Report on vaccination in Madras 1895-1903 - 1895-1903
Year: 1895
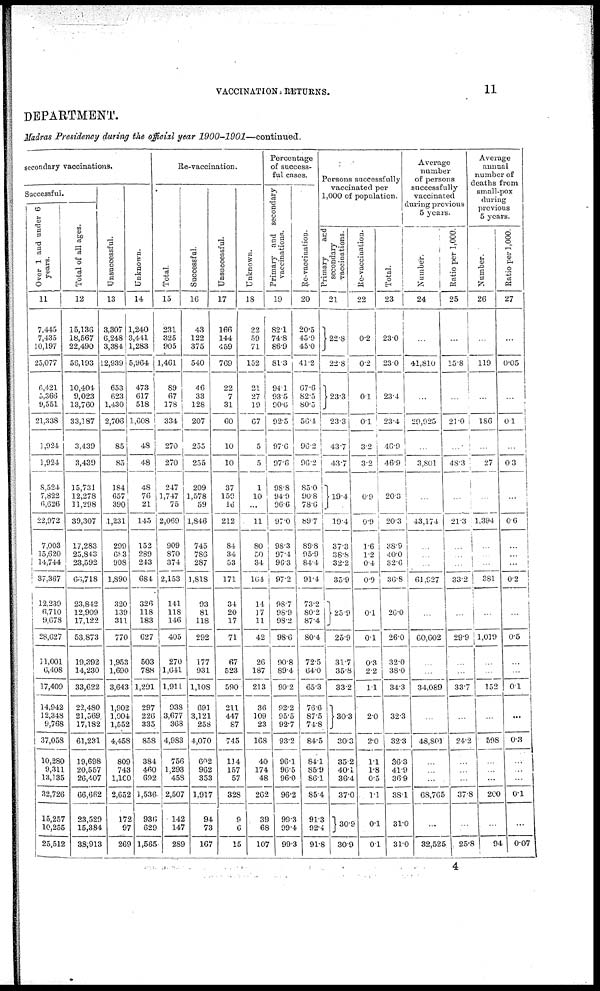
VACCINATION RETURNS.
11
DEPARTMENT.
Madras Presidency during the official year
1900-1901—continued.
secondary vaccinations.
Successful.
Over 1 and under 6
years.
11
7,445
7,435
10,197
25,077
6,421
5,366
9,551
21,338
1,924
1,924
8,524
7,822
6,626
22,972
7,003
15,620
14,744
37,367
12,239
6,710
9,678
28,627
11,001
6,408
17,409
14,942
12,348
9,768
37,058
10,280
9,311
13,135
32,726
15,257
10,255
25,512
Total of all ages.
12
15,136
18,567
22,490
56,193
10,404
9,023
13,760
33,187
3,439
3,439
15,731
12,278
11,298
39,307
17,283
25,843
23,592
66,718
23,842
12,909
17,122
53,873
19,392
14,230
33,622
22,480
21,569
17,182
61,231
19,698
20,557
26,407
66,662
23,529
15,384
38,913
Unsuccessful.
13
3,307
6,248
3,384
12,939
653
623
1,430
2,706
85
85
184
657
390
1,231
299
603
908
1,890
320
139
311
770
1,953
1,690
3,643
1,902
1,004
1,552
4,458
809
743
1,100
2,652
172
97
269
Unknown.
14
1,240
3,441
1,283
5,964
473
617
518
1,608
48
48
48
76
21
145
152
289
243
684
326
118
183
627
503
788
1,291
297
226
335
858
384
460
692
1,536
936
629
1,565
Re-vaccination.
Total.
15
231
325
905
1,461
89
67
178
334
270
270
247
1,747
75
2,069
909
870
374
2,153
141
118
146
405
270
1,641
1,911
938
3,677
368
4,983
756
1,293
458
2,507
142
147
289
Successful.
16
43
122
375
540
46
33
128
207
255
255
209
1,578
59
1,846
745
786
287
1,818
93
81
118
292
177
931
1,108
691
3,121
258
4,070
602
962
353
1,917
94
73
167
Unsuccessful.
17
166
144
459
769
22
7
31
60
10
10
37
159
16
212
84
34
53
171
34
20
17
71
67
523
590
211
447
87
745
114
157
57
328
9
6
15
Unknown.
18
22
59
71
152
21
27
19
67
5
5
1
10
...
11
80
50
34
164
14
17
11
42
26
187
213
36
109
23
168
40
174
48
262
39
68
107
Percentage
of success-
ful cases.
Primary and secondary
vaccinations.
19
82.1
74.8
86.9
81.3
94.1
93.5
90.6
92.5
97.6
97.6
98.8
94.9
96.6
97.0
98.3
97.4
96.3
97.2
98.7
98.9
98.2
98.6
90.8
89.4
90.2
92.2
95.5
92.7
93.2
96.1
96.5
96.0
96.2
99.3
99.4
99.3
Re-vaccination.
20
20.5
45.9
45.0
41.2
67.6
82.5
80.5
56.4
96.2
96.2
85.0
90.8
78.6
89.7
89.8
95.9
84.4
91.4
73.2
80.2
87.4
80.4
72.5
64.0
65.3
76.6
87.5
74.8
84.5
84.1
85.9
86.1
85.4
91.3
92.4
91.8
Persons successfully
vaccinated per
1,000 of population.
Primary
and
secondary
vaccinations.
21
22.8
22.8
23.3
23.3
43.7
43.7
19.4
19.4
37.3
38.8
32.2
35.9
25.9
25.9
31.7
35.8
33.2
30.3
30.3
35.2
40.1
36.4
37.0
30.9
30.9
Re- vaccination.
22
0.2
0.2
0.1
0.1
3.2
3.2
0.9
0.9
1.6
1.2
0.4
0.9
0.1
0.1
0.3
2.2
1.1
2.0
2.0
1.1
1.8
0.5
1.1
0.1
0.1
Total.
23
23.0
23.0
23.4
23.4
46.9
46.9
20.3
20.3
38.9
40.0
32.6
36.8
26.0
26.0
32.0
38.0
34.3
32.3
32.3
36.3
41.9
36.9
38.1
31.0
31.0
Average
number
of persons
successfully
vaccinated
during previous
5 years.
Number.
24
...
41,810
...
29,925
...
3,801
...
43,174
...
...
...
61,927
...
60,602
...
...
34,089
...
48,801
...
...
...
68,765
...
32,525
Ratio per 1,000.
25
...
15.8
...
21.0
...
48.3
...
21.3
...
...
...
33.2
...
29.9
...
...
33.7
...
24.2
...
...
...
37.8
...
25.8
Average
annual
number of
deaths from
small-pox
during
previous
5 years.
Number.
26
...
119
...
186
...
27
...
1,394
...
...
...
381
...
1,019
...
...
152
...
598
...
...
...
200
...
94
Ratio per 1,000.
27
...
0.05
...
0.1
...
0.3
...
0.6
...
...
...
0.2
...
0.5
...
...
0.1
...
0.3
...
...
...
0.1
...
0.07
4